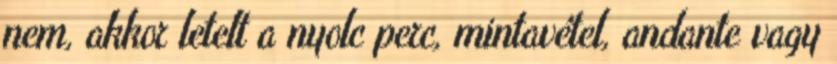
nem, akkor letelt a nyolc perc, mintavétel, andante vagy